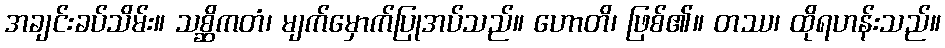
အချင်းခပ်သိမ်း။ သစ္ဆိကတံ၊ မျက်မှောက်ပြုအပ်သည်။ ဟောတိ၊ ဖြစ်၏။ တဿ၊ ထိုရဟန်းသည်။